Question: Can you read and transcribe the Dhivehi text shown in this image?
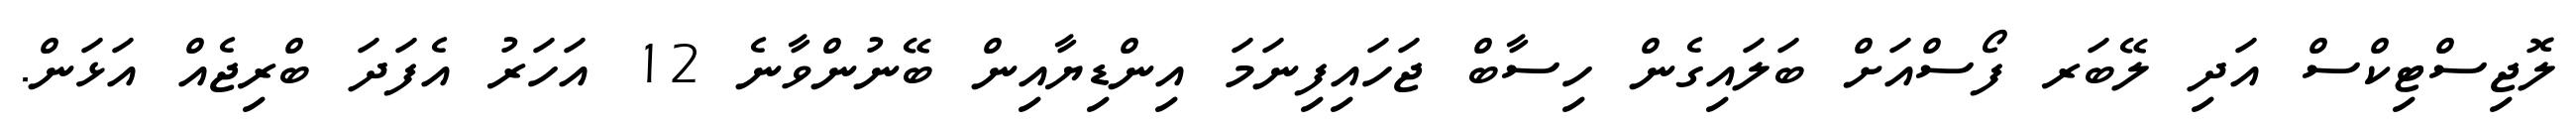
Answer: ލޮޖިސްޓިކްސް އަދި ލޭބަރ ފޯސްއަށް ބަލައިގެން ހިސާބް ޖަހައިފިނަމަ އިންޑިޔާއިން ބޭނުންވާނެ 12 އަހަރު އެފަދަ ބްރިޖެއް އަޅަން.